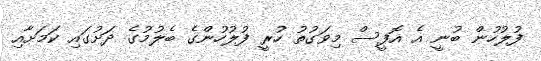
ފުލުހުން ބުނީ އެ އޮފީސް މިވަގުތު ހުރީ ފުލުހުންގެ ބެލުމުގެ ދަށުގައި ކަމަށާއި